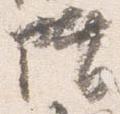
階